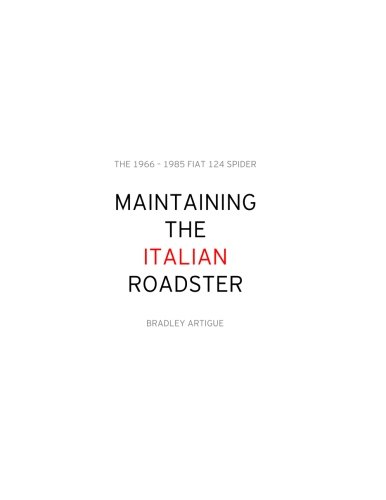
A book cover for Maintaining the Italian Roadster: The 1966 - 1985 124 FIAT Spider; Mr. Bradley J. Artigue; Engineering & Transportation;